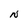
Character: N